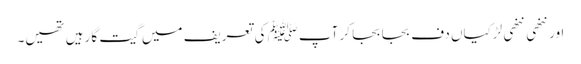
اور ننھی ننھی لڑکیاں دف بجا بجا کر آپﷺ کی تعریف میں گیت گا رہیں تھیں۔